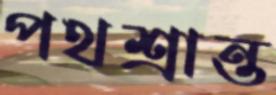
পথশ্রান্ত